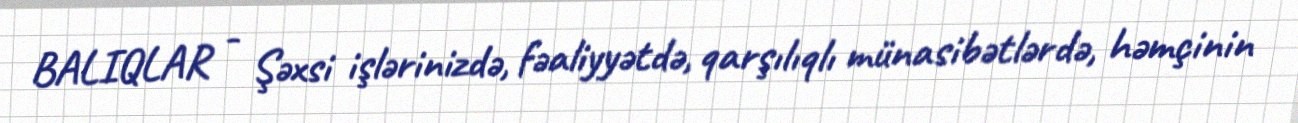
BALIQLAR - Şəxsi işlərinizdə, fəaliyyətdə, qarşılıqlı münasibətlərdə, həmçinin